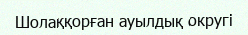
Шолаққорған ауылдық округі